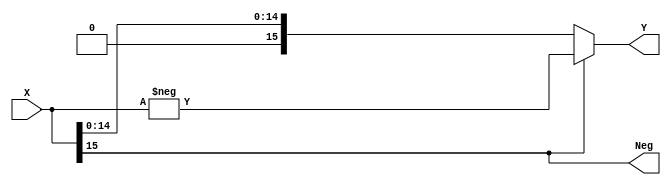
module Abs16(X,Y,Neg);

	input [15:0] X;
	output [15:0] Y;
	output Neg;
	
	assign Neg = X[15];
	assign Y = Neg ? -X : X;

endmodule